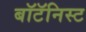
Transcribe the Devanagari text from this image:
बॉटॅनिस्ट